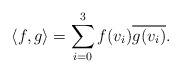
\begin{align*}\langle f , g \rangle = \sum_{i = 0}^{3} f(v_{i})\overline{g(v_{i})}. \end{align*}